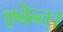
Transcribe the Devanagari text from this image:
एवेन्त्।